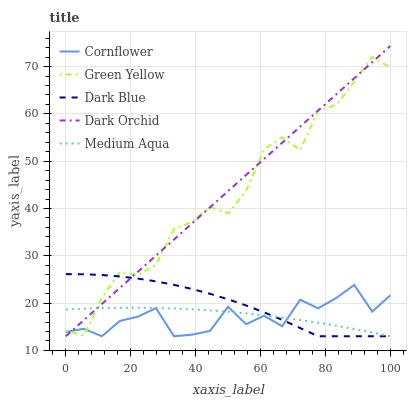
| xaxis_label | Cornflower | Green Yellow | Dark Blue | Dark Orchid | Medium Aqua |
 | --- | --- | --- | --- | --- | --- |
 | 0 | 13.9 | 14.2 | 26.1 | 13 | 18.7 |
 | 5.56 | 14.6 | 13.1 | 26.1 | 16.4 | 18.8 |
 | 11.1 | 13 | 21.1 | 25.9 | 19.8 | 19 |
 | 16.7 | 16.2 | 26.6 | 25.6 | 23.2 | 19 |
 | 22.2 | 17.1 | 26 | 25.2 | 26.6 | 19 |
 | 27.8 | 19 | 28.1 | 24.6 | 30 | 19 |
 | 33.3 | 13 | 35.6 | 23.9 | 33.4 | 18.9 |
 | 38.9 | 13.3 | 37.2 | 23 | 36.9 | 18.7 |
 | 44.4 | 14.1 | 40.3 | 22 | 40.3 | 18.5 |
 | 50 | 19.2 | 39 | 20.8 | 43.7 | 18.2 |
 | 55.6 | 15.5 | 43.7 | 19.5 | 47.1 | 17.8 |
 | 61.1 | 17.3 | 52.5 | 18.1 | 50.5 | 17.4 |
 | 66.7 | 15.1 | 55 | 16.5 | 53.9 | 17 |
 | 72.2 | 20.7 | 52.3 | 14.7 | 57.3 | 16.4 |
 | 77.8 | 18.9 | 60.7 | 13 | 60.7 | 15.9 |
 | 83.3 | 21.1 | 61.9 | 13 | 64.1 | 15.2 |
 | 88.9 | 23.8 | 66.8 | 13 | 67.5 | 14.5 |
 | 94.4 | 18.2 | 72 | 13 | 70.9 | 13.8 |
 | 100 | 21.7 | 69.8 | 13 | 74.3 | 13 |